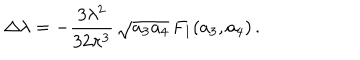
\Delta \lambda = - \frac { 3 \lambda ^ { 2 } } { 3 2 \pi ^ { 3 } } \, \sqrt { a _ { 3 } a _ { 4 } } \, F _ { 1 } ( a _ { 3 } , a _ { 4 } ) \, .